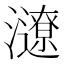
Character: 𤃜